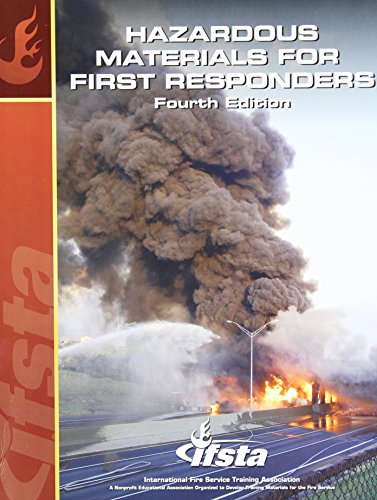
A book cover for Hazardous Materials for First Responders; Law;